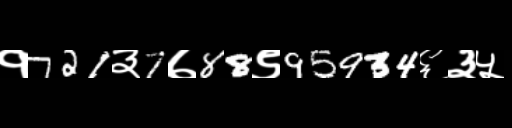
Text: १721३7७88९95934६३५